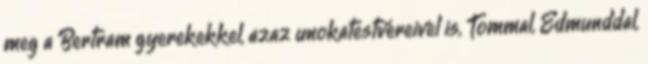
meg a Bertram gyerekekkel, azaz unokatestvéreivel is, Tommal, Edmunddal,